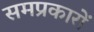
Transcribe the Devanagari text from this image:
समप्रकारों